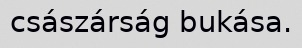
császárság bukása.